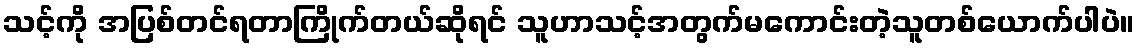
သင့်ကို အပြစ်တင်ရတာကြိုက်တယ်ဆိုရင် သူဟာသင့်အတွက်မကောင်းတဲ့သူတစ်ယောက်ပါပဲ။